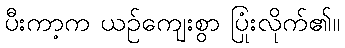
ပီးကာ့က ယဉ်ကျေးစွာ ပြုံးလိုက်၏။